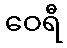
ဝေရီ